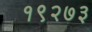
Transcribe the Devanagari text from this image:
१९२७३